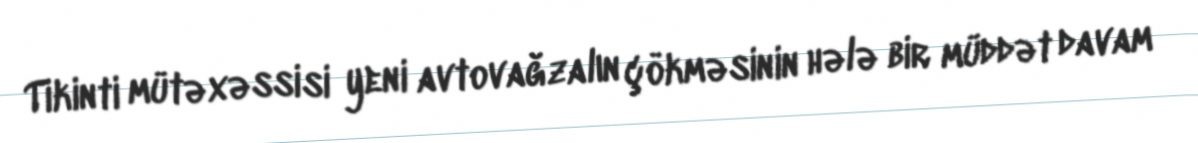
Tikinti mütəxəssisi yeni avtovağzalın çökməsinin hələ bir müddət davam